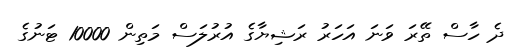
ދެ ހާސް ތޭރަ ވަނަ އަހަރު ރަޝިޔާގެ އުރުލަސް މަތިން 10000 ޓަނުގެ